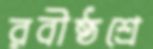
রবীষ্ঠশ্রে